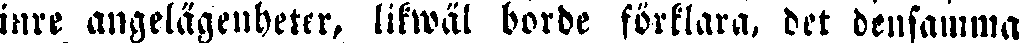
inre angelägenheter, likwäl borde förklara, det densamma